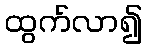
ထွက်လာ၍